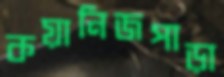
কয়ানিজপাড়া